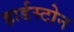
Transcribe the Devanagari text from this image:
हार्डस्टोन